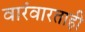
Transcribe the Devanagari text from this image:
वारंवारताही